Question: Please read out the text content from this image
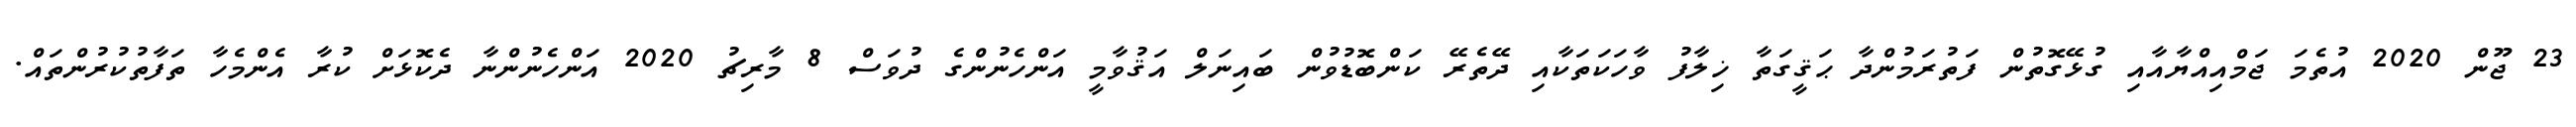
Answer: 23 ޖޫން 2020 އުތެމަ ޖަމްއިއްޔާއާއި ގުޅޭގޮތުން ފަތުރަމުންދާ ޙަޤީގަތާ ޚިލާފު ވާހަކަތަކާއި ދޭތެރޭ ކަންބޮޑުވުން ބައިނަލް އަޤުވާމީ އަންހެނުންގެ ދުވަސް 8 މާރިޗު 2020 އަންހެނުންނާ ދެކޮޅަށް ކުރާ އެންމެހާ ތަފާތުކުރުންތައް.